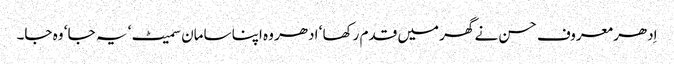
اِدھر معروف حسن نے گھر میں قدم رکھا ‘ ادھر وہ اپنا سامان سمیٹ ‘ یہ جا ‘ وہ جا۔